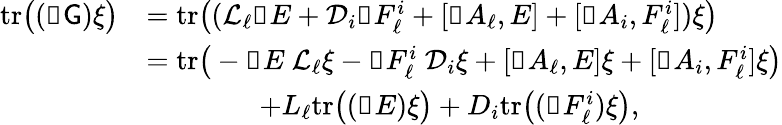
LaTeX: \begin{array}{rl}{\mathrm{tr}\big((\mathbb{d}\mathsf{G})\xi\big)}&{=\mathrm{tr}\big((\mathcal{L}_{\ell}\mathbb{d}E+\mathcal{D}_{i}\mathbb{d}F_{\ell}^{i}+[\mathbb{d}A_{\ell},E]+[\mathbb{d}A_{i},F_{\ell}^{i}])\xi\big)}\\ &{=\mathrm{tr}\big(-\mathbb{d}E\ \mathcal{L}_{\ell}\xi-\mathbb{d}F_{\ell}^{i}\ \mathcal{D}_{i}\xi+[\mathbb{d}A_{\ell},E]\xi+[\mathbb{d}A_{i},F_{\ell}^{i}]\xi\big)}\\ &{\qquad\qquad+L_{\ell}\mathrm{tr}\big((\mathbb{d}E)\xi\big)+D_{i}\mathrm{tr}\big((\mathbb{d}F_{\ell}^{i})\xi\big),}\end{array}